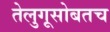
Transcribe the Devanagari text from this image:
तेलुगूसोबतच